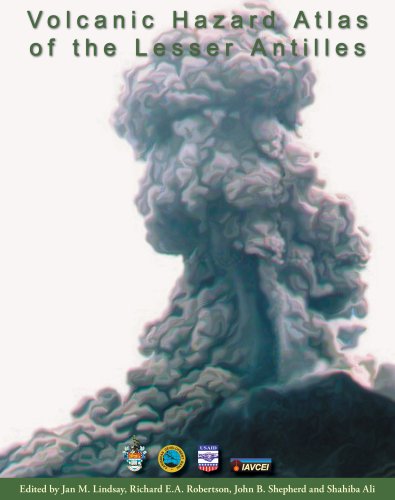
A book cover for Volcanic Hazard Atlas of the Lesser Antilles; University Of The West Indies; Travel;